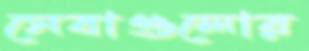
সেবাগুলোর